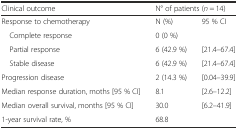
| Clinical outcome | <COLSPAN=2> N° of patients (n = 14) |
 | --- | --- | --- |
 | Response to chemotherapy | N (%) | 95 % CI |
 | Complete response | 0 (0 %) |  |
 | Partial response | 6 (42.9 %) | [21.4–67.4] |
 | Stable disease | 6 (42.9 %) | [21.4–67.4] |
 | Progression disease | 2 (14.3 %) | [0.04–39.9] |
 | Median response duration, moths [95 % CI] | 8.1 | [2.6–12.2] |
 | Median overall survival, months [95 % CI] | 30.0 | [6.2–41.9] |
 | 1-year survival rate, % | 68.8 |  |